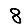
Digit: 8